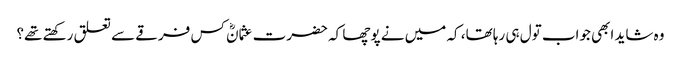
وہ شاید ابھی جواب تول ہی رہا تھا، کہ میں نے پوچھا کہ حضرت عثمانؓ کس فرقے سے تعلق رکھتے تھے؟